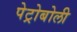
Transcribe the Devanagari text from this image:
पेट्रोबोली